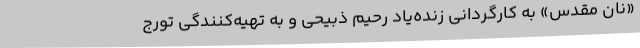
«نان مقدس» به کارگردانی زنده‌یاد رحیم ذبیحی و به تهیه‌کنندگی تورج